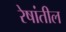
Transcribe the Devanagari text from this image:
रेषांतील